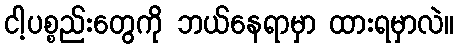
ငါ့ပစ္စည်းတွေကို ဘယ်နေရာမှာ ထားရမှာလဲ။